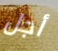
أجل